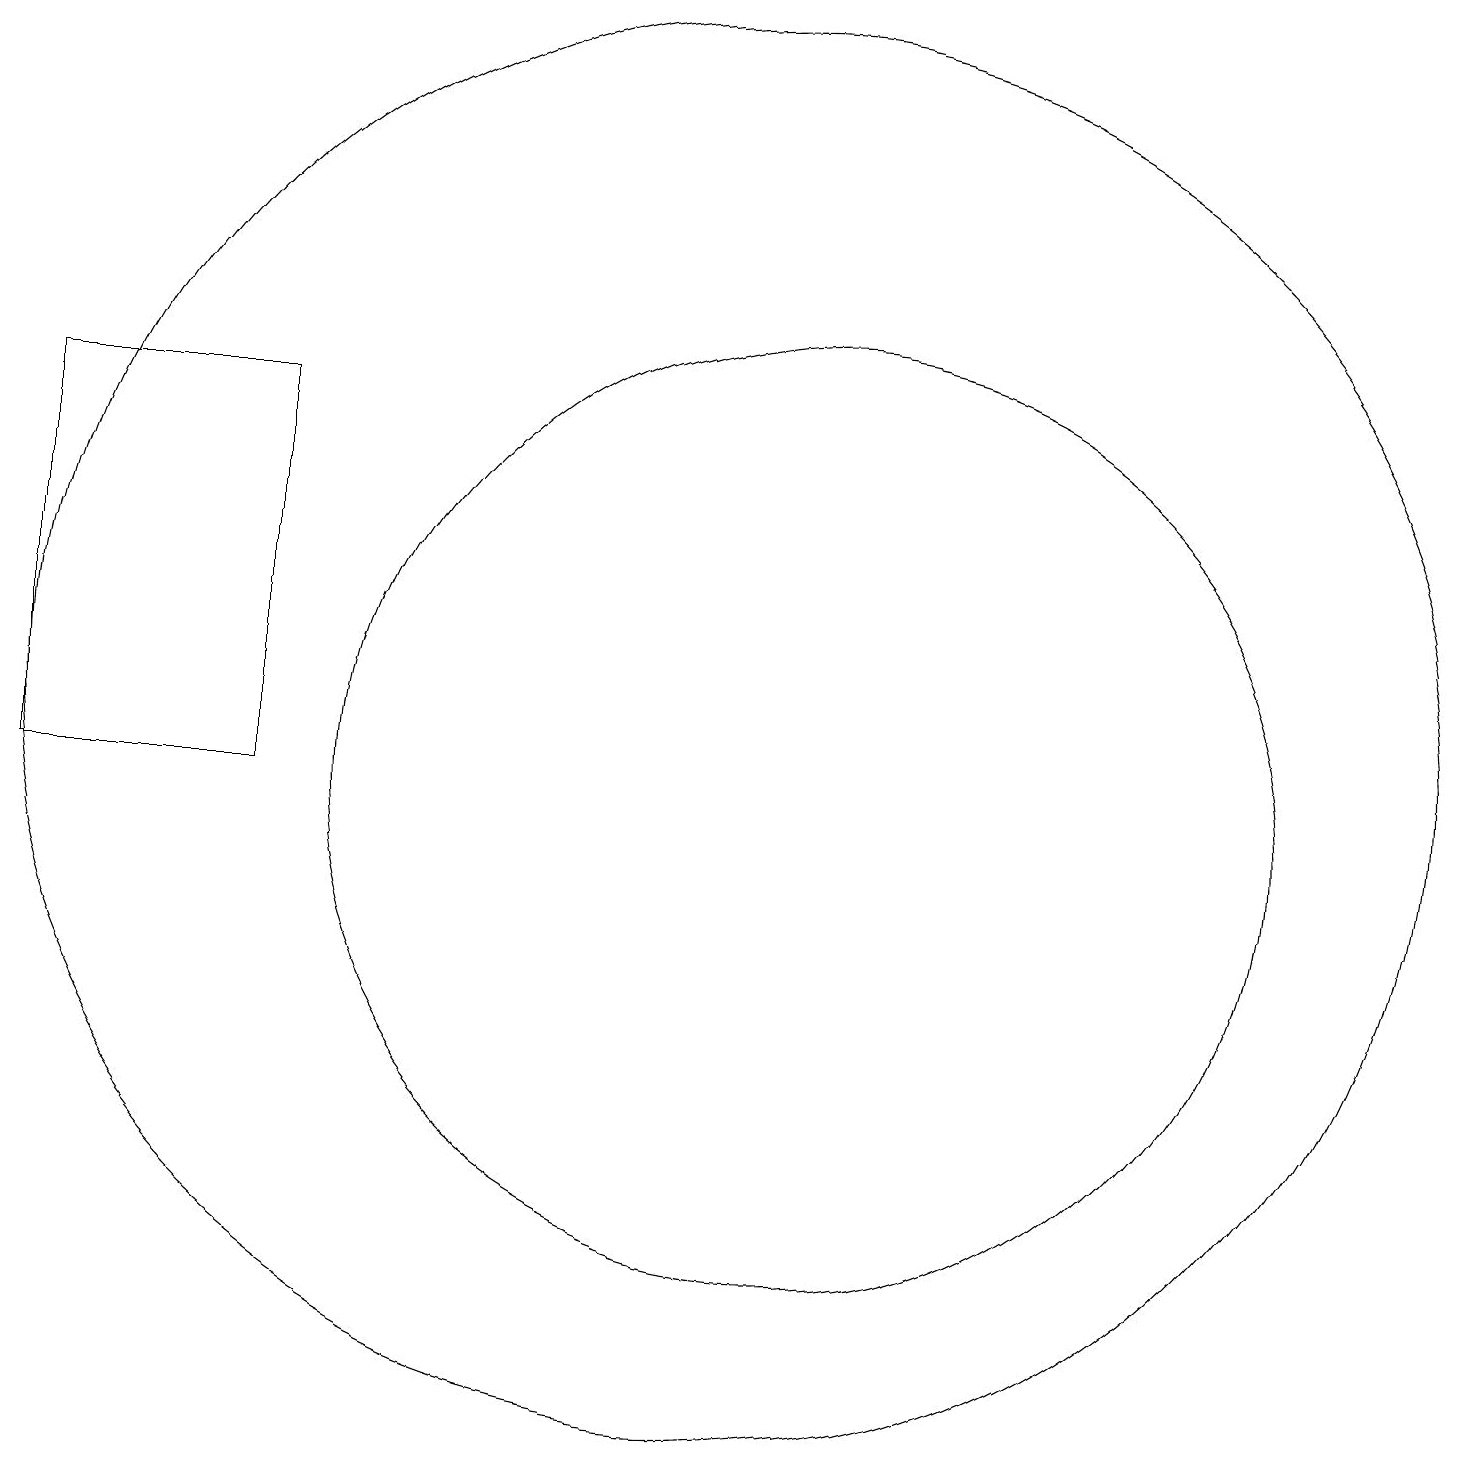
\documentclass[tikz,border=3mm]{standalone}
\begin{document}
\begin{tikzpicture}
\draw (10,11) circle (9);
\draw (11,10) circle (6);
\draw (1,15) rectangle (4,10);
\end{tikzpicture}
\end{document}